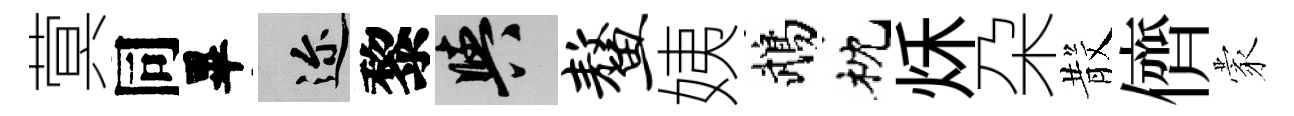
蓂同畢邇黎阳鳌姨鵡枕秌朶𣪚儕蒙